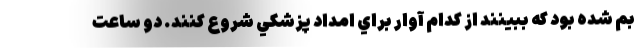
بم شده بود كه ببينند از كدام آوار براي امداد پزشكي شروع كنند. دو ساعت